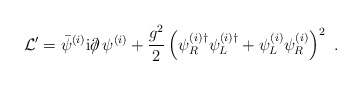
\begin{align*}{\cal L}'= \bar{\psi}^{(i)} {\rm i} \partial \!\!\!/ \, \psi^{(i)} +\frac{g^2}{2} \left(\psi_R^{(i)\dagger}\psi_L^{(i)\dagger} + \psi_L^{(i)}\psi_R^{(i)}\right)^2 \ .\end{align*}